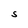
Character: S